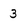
Character: 3